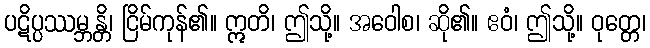
ပဋိပ္ပဿမ္ဘန္တိ၊ ငြိမ်ကုန်၏။ ဣတိ၊ ဤသို့။ အဝေါစ၊ ဆို၏။ ဧဝံ၊ ဤသို့။ ဝုတ္တေ၊